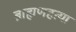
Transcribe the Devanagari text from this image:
ब्राह्मणहत्या